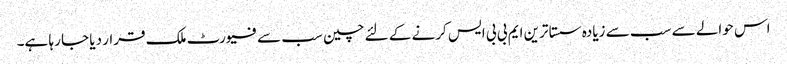
اس حوالے سے سب سے زیادہ سستا ترین ایم بی بی ایس کرنے کے لئے چین سب سے فیورٹ ملک قرار دیا جا رہا ہے۔